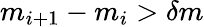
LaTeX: m_{i+1}-m_{i}>\delta m